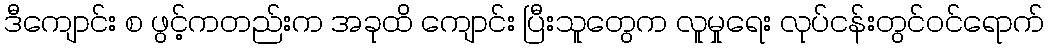
ဒီကျောင်း စ ဖွင့်ကတည်းက အခုထိ ကျောင်း ပြီးသူတွေက လူမှုရေး လုပ်ငန်းတွင်ဝင်ရောက်